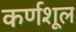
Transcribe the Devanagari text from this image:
कर्णशूल